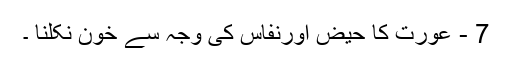
7 - عورت کا حیض اورنفاس کی وجہ سے خون نکلنا ۔